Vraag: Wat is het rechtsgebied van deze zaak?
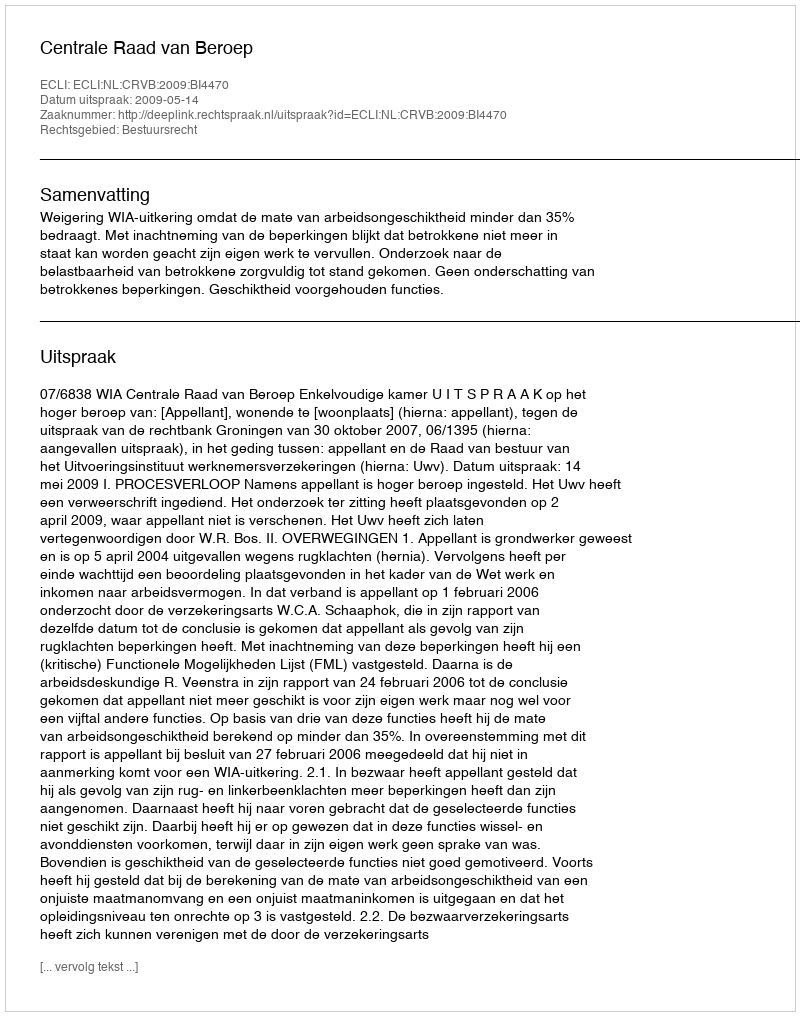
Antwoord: Bestuursrecht